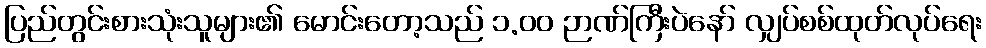
ပြည်တွင်းစားသုံးသူများ၏ မောင်းတော့သည် ၁.၀၀ ဉာဏ်ကြီးပဲနော် လျှပ်စစ်ထုတ်လုပ်ရေး